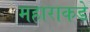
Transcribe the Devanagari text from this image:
महाराकडे